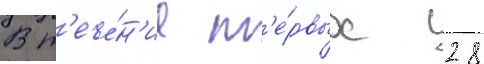
В т'ече́н'ие п'е́рвых 28